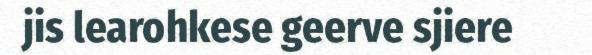
jis learohkese geerve sjiere